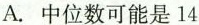
A. 中位数可能是14